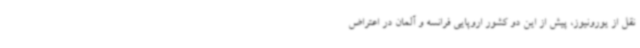
نقل از یورونیوز، پیش از این دو کشور اروپایی فرانسه و آلمان در اعتراض